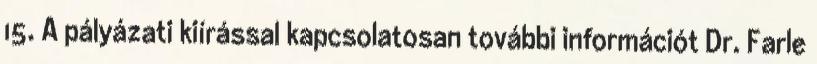
15. A pályázati kiírással kapcsolatosan további információt Dr. Farle